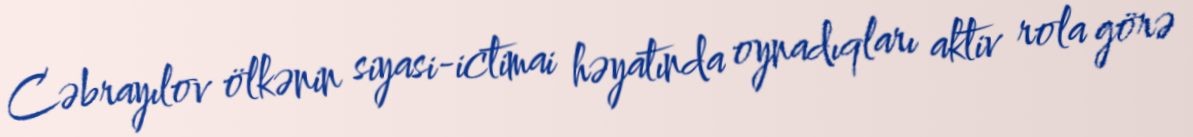
Cəbrayılov ölkənin siyasi-ictimai həyatında oynadıqları aktiv rola görə